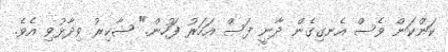
ކަންކަން ވެސް އެނގިގެން ދާނީ ފަސް އަހަރު ފަހުން." ޝާކިރު ވިދާޅުވި އެވެ.